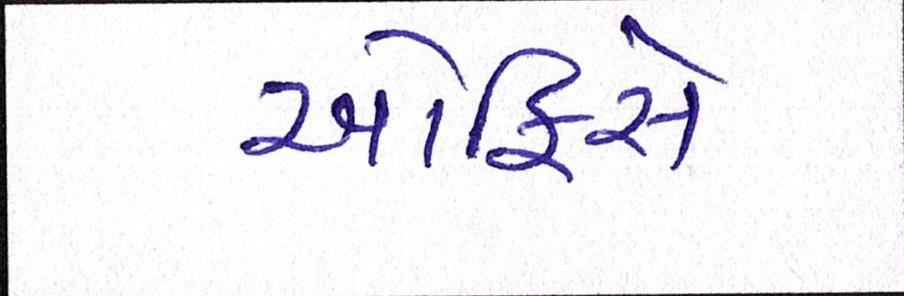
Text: ઓફિસે